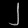
Digit: ၂